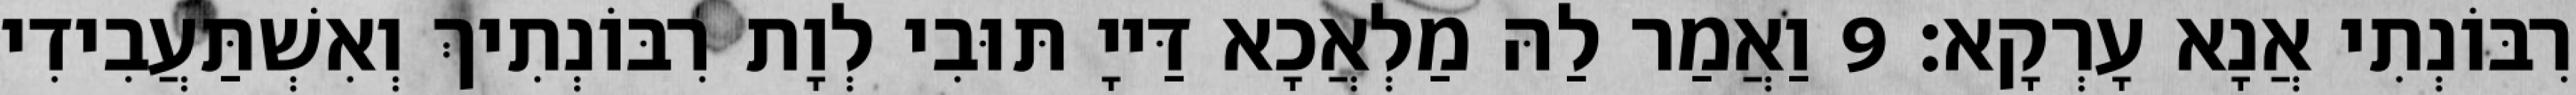
רִבּוֹנְתִי אֲנָא עָרְקָא׃ 9 וַאֲמַר לַהּ מַלְאֲכָא דַּייָ תּוּבִי לְוָת רִבּוֹנְתִיךְ וְאִשְׁתַּעֲבִידִי